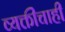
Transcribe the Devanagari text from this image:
व्यक्तींचाही